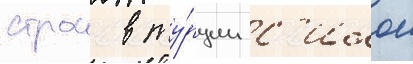
строи в ту́рции с'илои